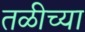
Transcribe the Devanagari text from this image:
तळीच्या